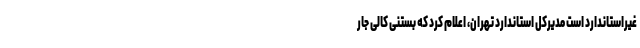
غیراستاندارد است مدیرکل استاندارد تهران، اعلام کرد که بستنی کالی جار